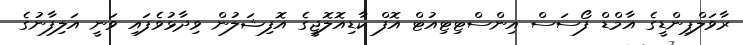
ރާވަލްޕިންޑީގެ އާމްޑް ފޯސަސް އިންސްޓިޓިއުޓް އޮފް ކާޑިއޮލޮޖީގެ އޮފިޝަލުން ވިދާޅުވެފައި ވަނީ އަލިފާނުގެ